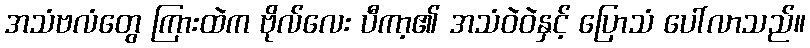
အသံဗလံတွေ ကြားထဲက ဗိုလ်လေး ပီကာ့၏ အသံဝဲဝဲနှင့် ပြောသံ ပေါ်လာသည်။